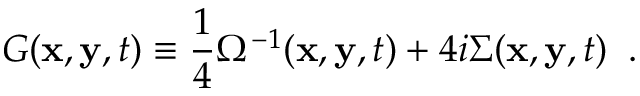
G ( { \bf x } , { \bf y } , t ) \equiv \frac { 1 } { 4 } \Omega ^ { - 1 } ( { \bf x } , { \bf y } , t ) + 4 i \Sigma ( { \bf x } , { \bf y } , t ) \; \; .